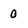
Character: 0